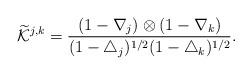
LaTeX: \begin{align*}\widetilde{\mathcal{K}}^{j,k}=\frac{(1-\nabla_j)\otimes(1-\nabla_k)}{(1-\triangle_j)^{1/2}(1-\triangle_k)^{1/2}}.\end{align*}